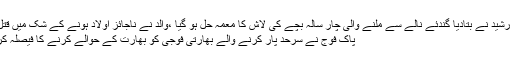
شیخ رشید نے بتادیا گندئے نالے سے ملنے والی چار سالہ بچے کی لاش کا معمہ حل ہو گیا ،والد نے ناجائز اولاد ہونے کے شک میں قتل کیا
پاک فوج نے سرحد پار کرنے والے بھارتی فوجی کو بھارت کے حوالے کرنے کا فیصلہ کر لیا۔